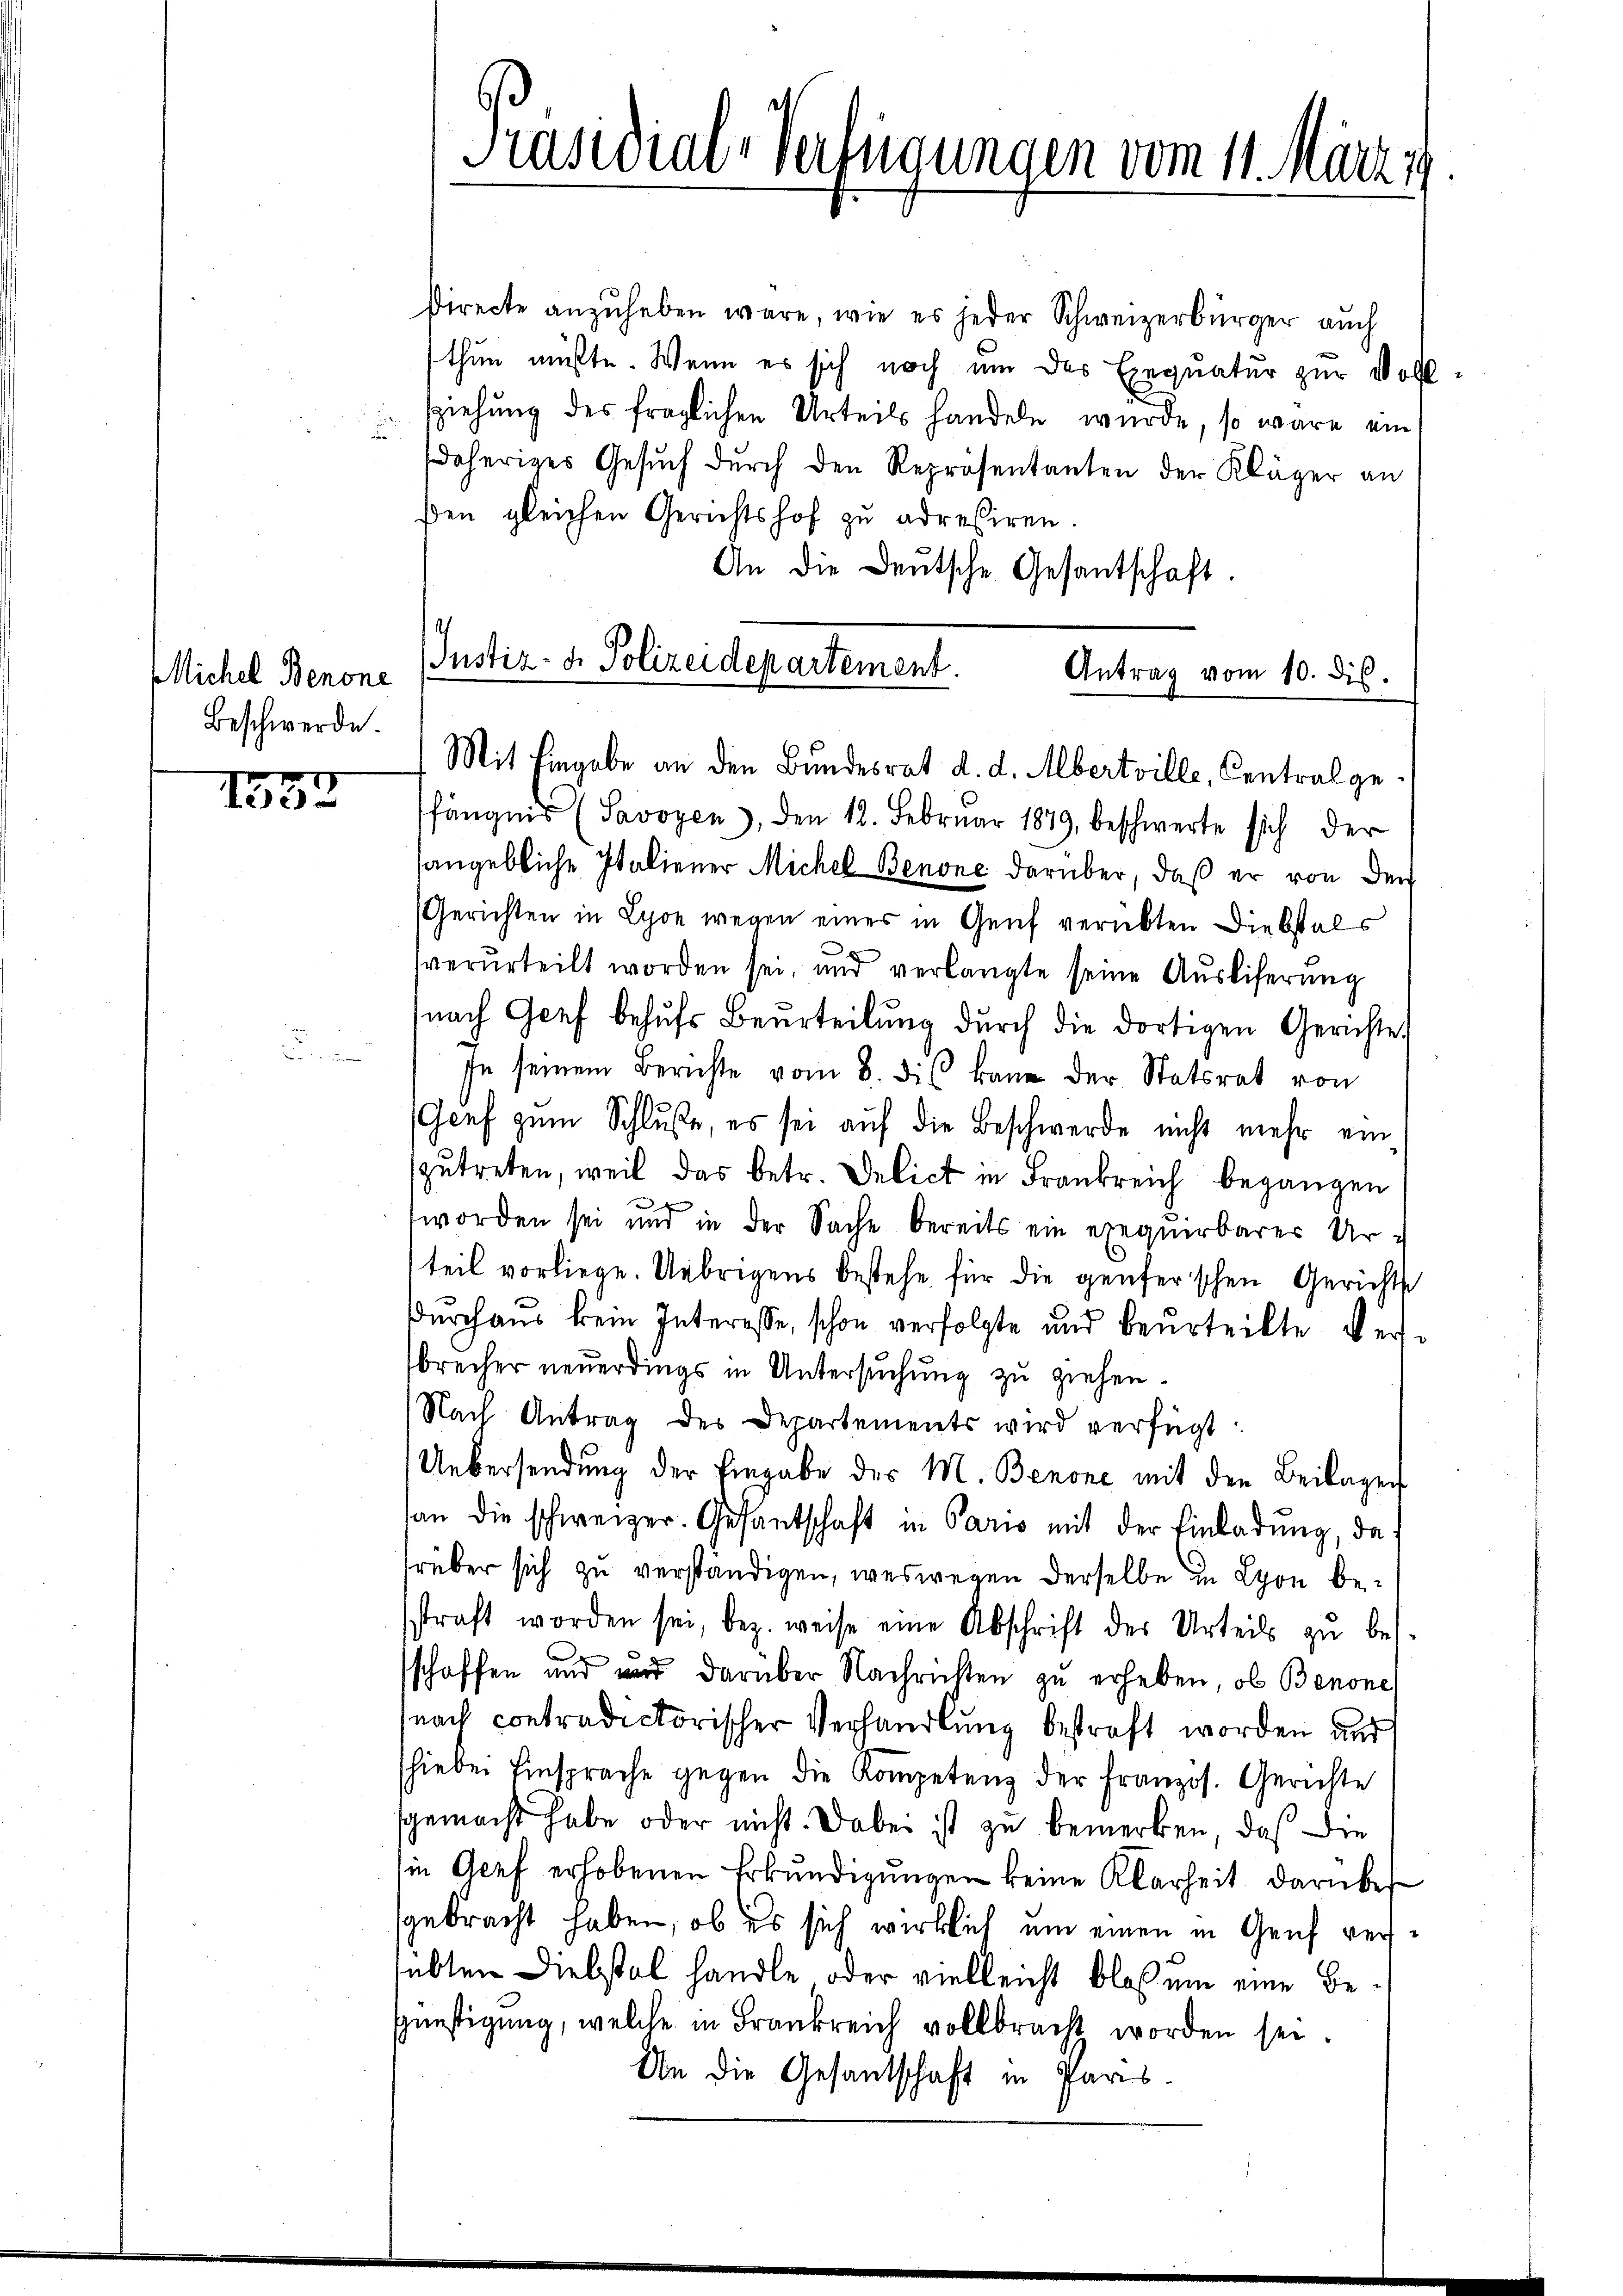
Michel Benone
Beschwerde.

1553

Directe anzuheben wäre, wie es jeder Schweizerbürger auch
thun müßte. Wenn es sich noch um das Exequatur zur Voll¬
Zziehung des fraglichen Urteils handeln wurde, so wäre ein
daheriges Gesŭch durch den Repräsentanten der Kläger an
ßen gleichen Gerichtshof zu adressiren.
An die Deutsche Gesantschaft.
Justiz- & Polizeidepartement.
Antrag vom 10. dis.

Präsidial-Verfügungen vom 11. März 1

Mit Eingabe an den Bundesrat d. d. Mbertville, Contral ge¬

fängnis (Savoyen, den 12. Februar 1879, beschwerte sich der
sangebliche Italiener Michel Benone darüber, daß er von den
Gerichten in Lyon wegen eines in Genf verübten Diebstals
e
verurteilt worden sei, und verlangte seine Aŭsliferung
nach Genf behŭfs Beurteilŭng dŭrch die dortigen Gerichte
In seinem Berichte vom 8. des kann der Statsrat von
(Genf zum Schluße, es sei auf die Beschwerde nicht mehr ein
zŭtreten, weil das betr. Delict in Frankreich begangen
worden sei und in der Sache bereits ein exequirbarer Ur-
teil vorliege. Uebrigens bestehe für die genferischen Gerichts
Durchaus kein Interesse, schon verfolgte und beurteilte Versbrecher neuerdings in Untersuchung zu ziehen.
Nach Antrag des Departements wird verfügt:
Uebersendung der Eingabe des M. Benone mit den Beilagen
an die schweizer. Gesantschaft in Paris mit der Einladŭng, darüber sich zu verständigen, weswegen derselbe in Lyon besstraft worden sei, bez. weise eine Abschrift des Urteils zŭ bes-
schoffen und wird darüber Nachrichten zu erheben, ob Benone
nach contradictorischer Verhandlung bestraft worden und
hiebei Einsprache gegen die Kompetenz der Französ. Gerichte
sgemacht habe oder nicht. Dabei ist zu bemerken, daß die
in Genf erhobenen Erkŭndigungen keine Klarheit darüber
gebracht haben, ob es sich wirklich um einen in Genf verübten Diebstal handle oder vielleicht bloß um eine Begünstigung, welche in Frankreich vollbracht worden sei.
An die Gesantschaft in Pars.